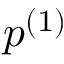
\ensuremath { p ^ { ( 1 ) } }